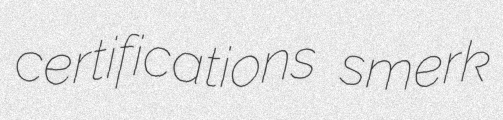
certifications smerk